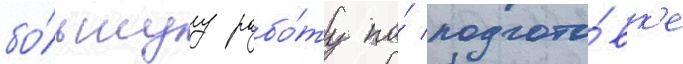
бо́льшуу рабо́ту по́ подгото́вк'е